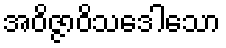
အဝိဇ္ဇာဝိသဒေါသော